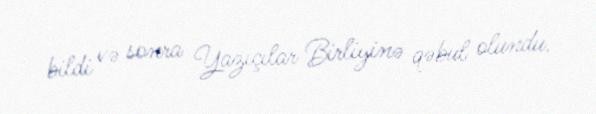
bildi və sonra Yazıçılar Birliyinə qəbul olundu.